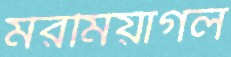
মরমিয়াগল